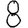
Digit: 8